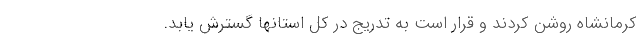
کرمانشاه روشن کردند و قرار است به تدریج در کل استانها گسترش یابد.